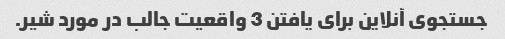
جستجوی آنلاین برای یافتن 3 واقعیت جالب در مورد شیر.